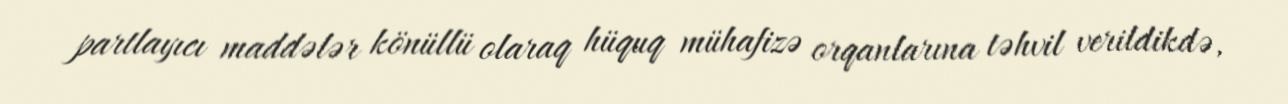
partlayıcı maddələr könüllü olaraq hüquq mühafizə orqanlarına təhvil verildikdə,